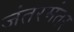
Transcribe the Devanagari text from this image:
जंतरमंतर